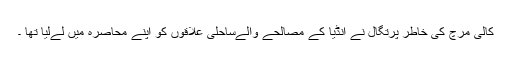
کالی مرچ کی خاطر پرتگال نے انڈیا کے مصالحے والےساحلی علاقوں کو اپنے محاصرہ میں لےلیا تھا ۔